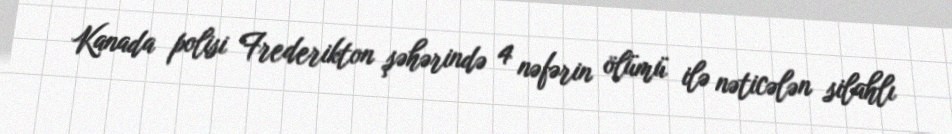
Kanada polisi Frederikton şəhərində 4 nəfərin ölümü ilə nəticələn silahlı